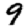
Digit: 9